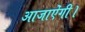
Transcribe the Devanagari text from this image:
आजाऐंगी।